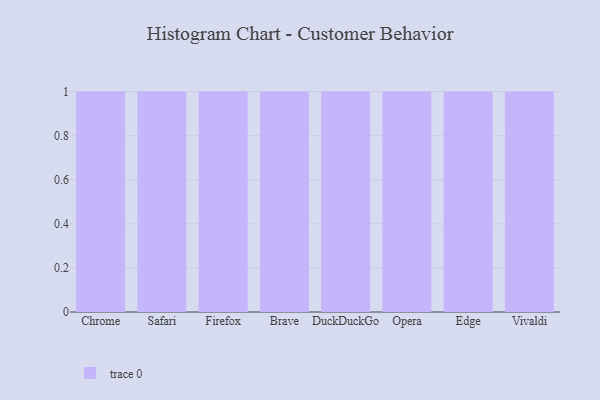
{"axis": {"x": "Browser", "y": "Temperature (°C)"}, "legend": [""], "data": [{"x": "Chrome", "y": 92, "type": ""}, {"x": "Safari", "y": 72, "type": ""}, {"x": "Firefox", "y": 80, "type": ""}, {"x": "Brave", "y": 26, "type": ""}, {"x": "DuckDuckGo", "y": 70, "type": ""}, {"x": "Opera", "y": 77, "type": ""}, {"x": "Edge", "y": 88, "type": ""}, {"x": "Vivaldi", "y": 84, "type": ""}]}